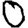
Digit: 0